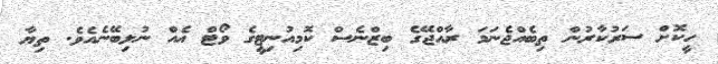
ހީކޮށް ސަރުކާރުން ތިބެއްޖެނަމަ ރާއްޖޭގެ ބިޒްނެސް ކޮމިއުނިޓީގެ ވޯޓް އެއް ނުލިބޭނެއެވެ. ތިޔާ